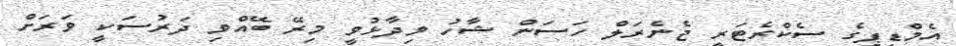
އެމްޑީޕީގެ ސެކްރެޓަރީ ޖެނެރަލް ހަސަން ޝާހު ވިދާޅުވީ މިރޭ ބޭއްވި ދަރުސަކީ ވަރަށް